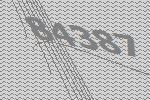
84387